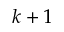
k + 1